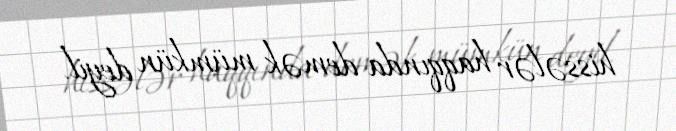
hissələr haqqında demək mümkün deyil.